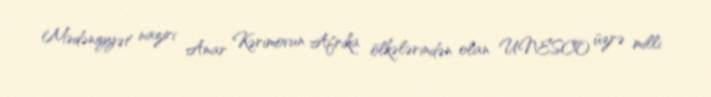
Mədəniyyət naziri Anar Kərimovun Afrika ölkələrindən olan UNESCO üzrə milli